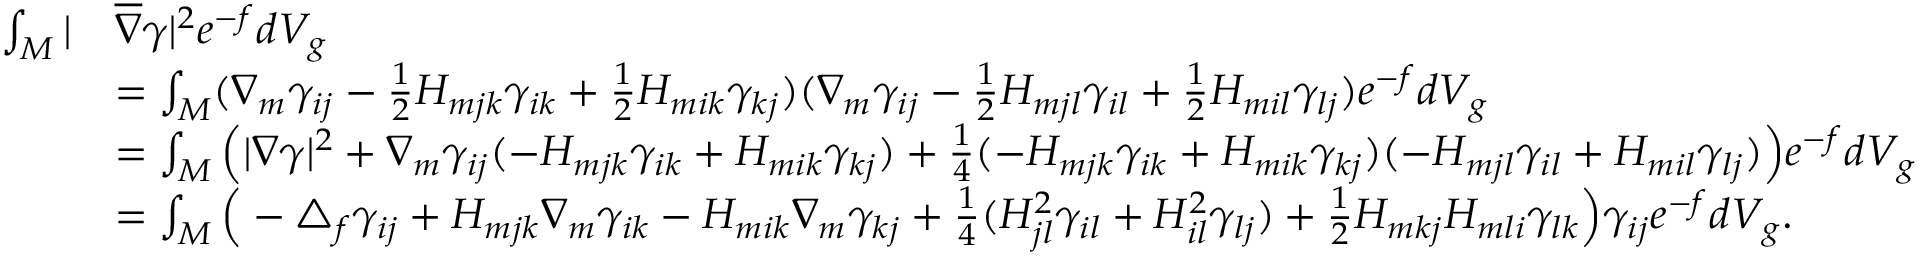
\begin{array} { r l } { \int _ { M } | } & { \overline { { \nabla } } \gamma | ^ { 2 } e ^ { - f } d V _ { g } } \\ & { = \int _ { M } ( \nabla _ { m } \gamma _ { i j } - \frac { 1 } { 2 } H _ { m j k } \gamma _ { i k } + \frac { 1 } { 2 } H _ { m i k } \gamma _ { k j } ) ( \nabla _ { m } \gamma _ { i j } - \frac { 1 } { 2 } H _ { m j l } \gamma _ { i l } + \frac { 1 } { 2 } H _ { m i l } \gamma _ { l j } ) e ^ { - f } d V _ { g } } \\ & { = \int _ { M } \Big ( | \nabla \gamma | ^ { 2 } + \nabla _ { m } \gamma _ { i j } ( - H _ { m j k } \gamma _ { i k } + H _ { m i k } \gamma _ { k j } ) + \frac { 1 } { 4 } ( - H _ { m j k } \gamma _ { i k } + H _ { m i k } \gamma _ { k j } ) ( - H _ { m j l } \gamma _ { i l } + H _ { m i l } \gamma _ { l j } ) \Big ) e ^ { - f } d V _ { g } } \\ & { = \int _ { M } \Big ( - \triangle _ { f } \gamma _ { i j } + H _ { m j k } \nabla _ { m } \gamma _ { i k } - H _ { m i k } \nabla _ { m } \gamma _ { k j } + \frac { 1 } { 4 } ( H _ { j l } ^ { 2 } \gamma _ { i l } + H _ { i l } ^ { 2 } \gamma _ { l j } ) + \frac { 1 } { 2 } H _ { m k j } H _ { m l i } \gamma _ { l k } \Big ) \gamma _ { i j } e ^ { - f } d V _ { g } . } \end{array}